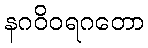
နဂဝိဝရဂတော